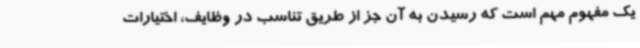
یک مفهوم مهم است که رسیدن به آن جز از طریق تناسب در وظایف، اختیارات